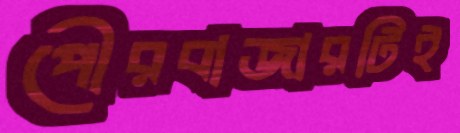
পৌরবাজারটিই